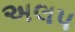
અલપ